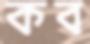
কব